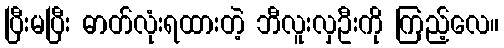
ပြီးမပြီး ဓာတ်လုံးရထားတဲ့ ဘီလူးလှဦးကို ကြည့်လေ။